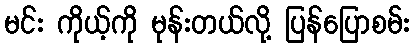
မင်း ကိုယ့်ကို မုန်းတယ်လို့ ပြန်ပြောစမ်း